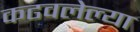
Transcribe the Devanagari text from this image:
कढवलेल्या